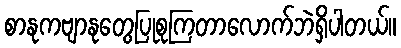
စာနုကဗျာနုတွေပြုစုကြတာလောက်ဘဲရှိပါတယ်။